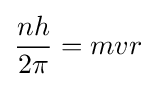
{\frac {nh}{2\pi }}=mvr